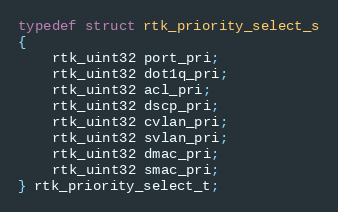
Language: C
typedef struct rtk_priority_select_s
{
    rtk_uint32 port_pri;
    rtk_uint32 dot1q_pri;
    rtk_uint32 acl_pri;
    rtk_uint32 dscp_pri;
    rtk_uint32 cvlan_pri;
    rtk_uint32 svlan_pri;
    rtk_uint32 dmac_pri;
    rtk_uint32 smac_pri;
} rtk_priority_select_t;